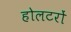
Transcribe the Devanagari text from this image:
होलटरों